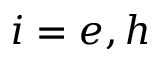
i = e , h